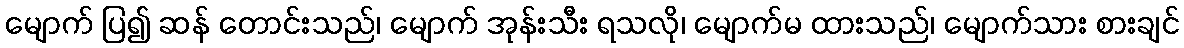
မျောက် ပြ၍ ဆန် တောင်းသည်၊ မျောက် အုန်းသီး ရသလို၊ မျောက်မ ထားသည်၊ မျောက်သား စားချင်